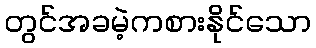
တွင်အခမဲ့ကစားနိုင်သော